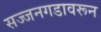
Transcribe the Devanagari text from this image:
सज्जनगडावरून